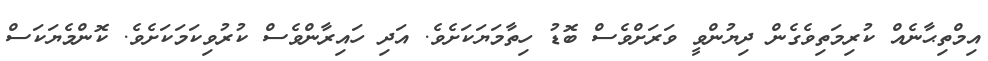
އިމްތިޙާނެއް ކުރިމަތިވެގެން ދިޔުންވީ ވަރަށްވެސް ބޮޑު ހިތާމަޔަކަށެވެ. އަދި ހައިރާންވެސް ކުރުވިކަމަކަށެވެ. ކޮންމެޔަކަސް